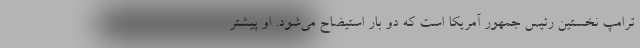
ترامپ نخستین رئیس جمهور آمریکا است که دو بار استیضاح می‌شود. او پیشتر